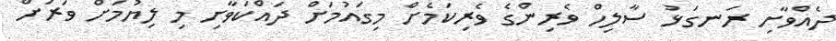
ދެއްވާށި ރަނގަޅު ސާލިހް ވެރިންގެ ވެރިކަމެށް މިގައުމަށް ދައްކަވާށި މި ލިޔުމަށް ވަރަށް